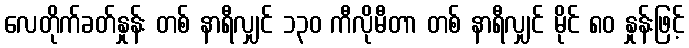
လေတိုက်ခတ်နှုန်း တစ် နာရီလျှင် ၁၃၀ ကီလိုမီတာ တစ် နာရီလျှင် မိုင် ၈၀ နှုန်းဖြင့်